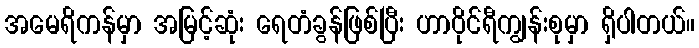
အမေရိကန်မှာ အမြင့်ဆုံး ရေတံခွန်ဖြစ်ပြီး ဟာဝိုင်ရီကျွန်းစုမှာ ရှိပါတယ်။